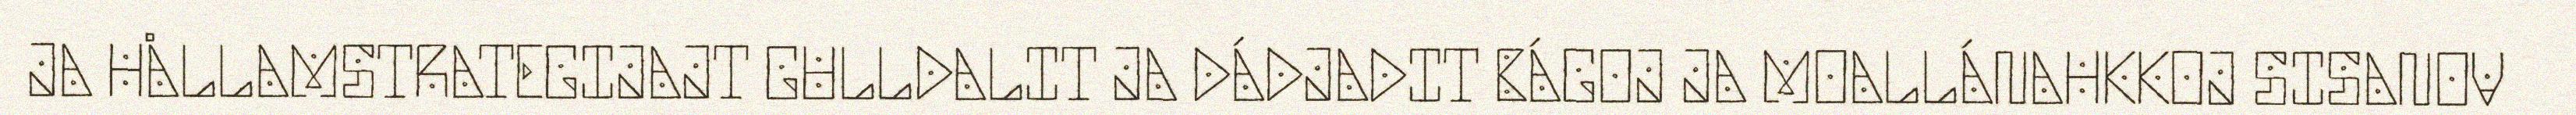
JA HÅLLAMSTRATEGIJAJT GULLDALIT JA DÁDJADIT BÁGOJ JA MOALLÁNAHKKOJ SISANOV